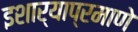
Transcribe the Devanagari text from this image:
इशार्‍याप्रमाणे